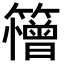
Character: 𮆱